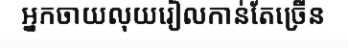
អ្នកចាយលុយរៀលកាន់តែច្រើន